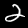
Digit: 2